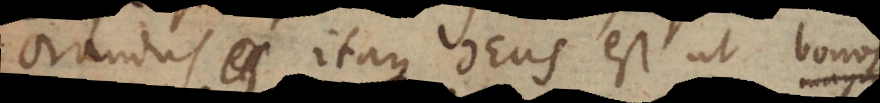
Orandus itaque Deus est ut bonos